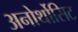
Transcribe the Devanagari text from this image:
अनोर्थोसिट